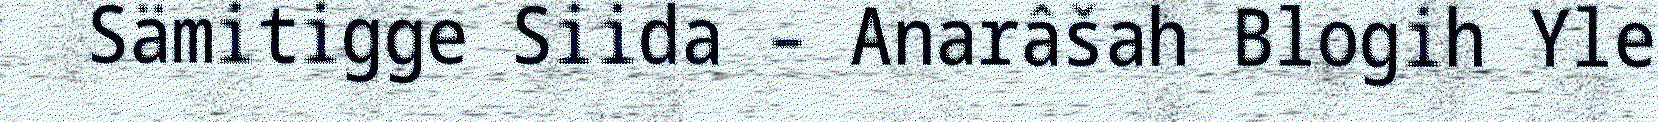
Sämitigge Siida – Anarâšah Blogih Yle